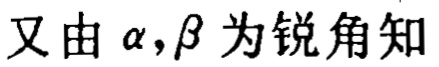
又由\(\alpha,\beta\)为锐角知